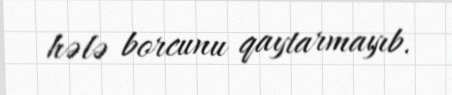
hələ borcunu qaytarmayıb.